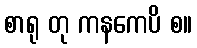
စာရု တု ကနကေပိ စ။